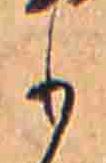
も